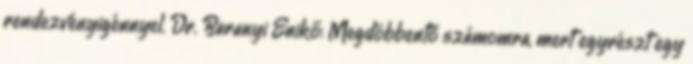
rendezvényigénnyel. Dr. Baranyi Enikő: Megdöbbentő számomra, mert egyrészt egy